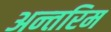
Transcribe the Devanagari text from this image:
अन्‍तरिम